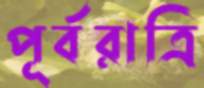
পূর্বরাত্রি